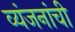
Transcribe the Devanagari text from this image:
व्यंजनांची